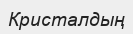
Кристалдың